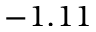
- 1 . 1 1